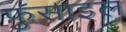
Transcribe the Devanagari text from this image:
फुसाइल